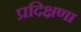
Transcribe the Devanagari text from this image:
प्रदिक्षणा